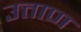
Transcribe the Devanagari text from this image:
उत्ताण